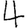
Digit: 4